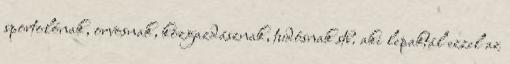
sportolónak, orvosnak, közgazdásznak, tudósnak stb. aki lepaktál ezzel az